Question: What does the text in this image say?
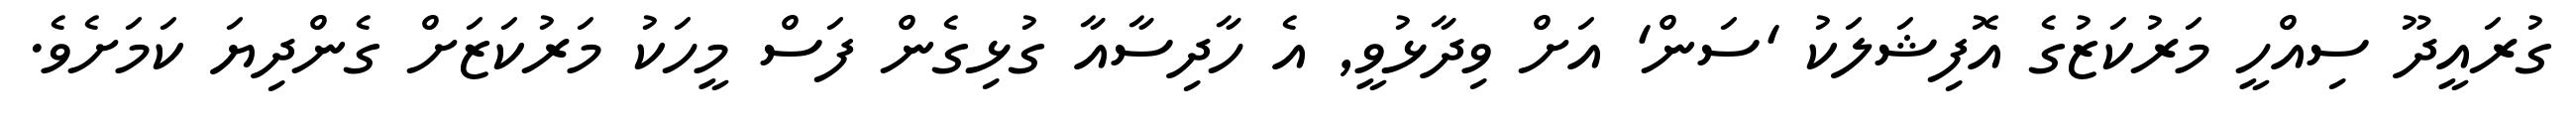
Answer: ގުރައީދޫ ސިއްހީ މަރުކަޒުގެ އޮފިޝަލަކު 'ސަން' އަށް ވިދާޅުވީ, އެ ހާދިސާއާ ގުޅިގެން ފަސް މީހަކު މަރުކަޒަށް ގެންދިޔަ ކަމަށެވެ.